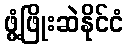
ဖွံ့ဖြိုးဆဲနိုင်ငံ